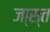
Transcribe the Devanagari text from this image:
जा्स्त